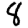
Digit: 8